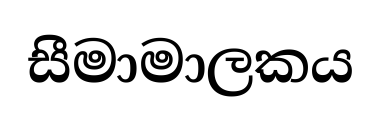
සීමාමාලකය